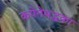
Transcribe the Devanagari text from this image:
कपेनेमद्धका